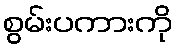
စွမ်းပကားကို